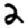
Digit: 2